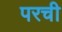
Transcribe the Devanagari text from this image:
परची